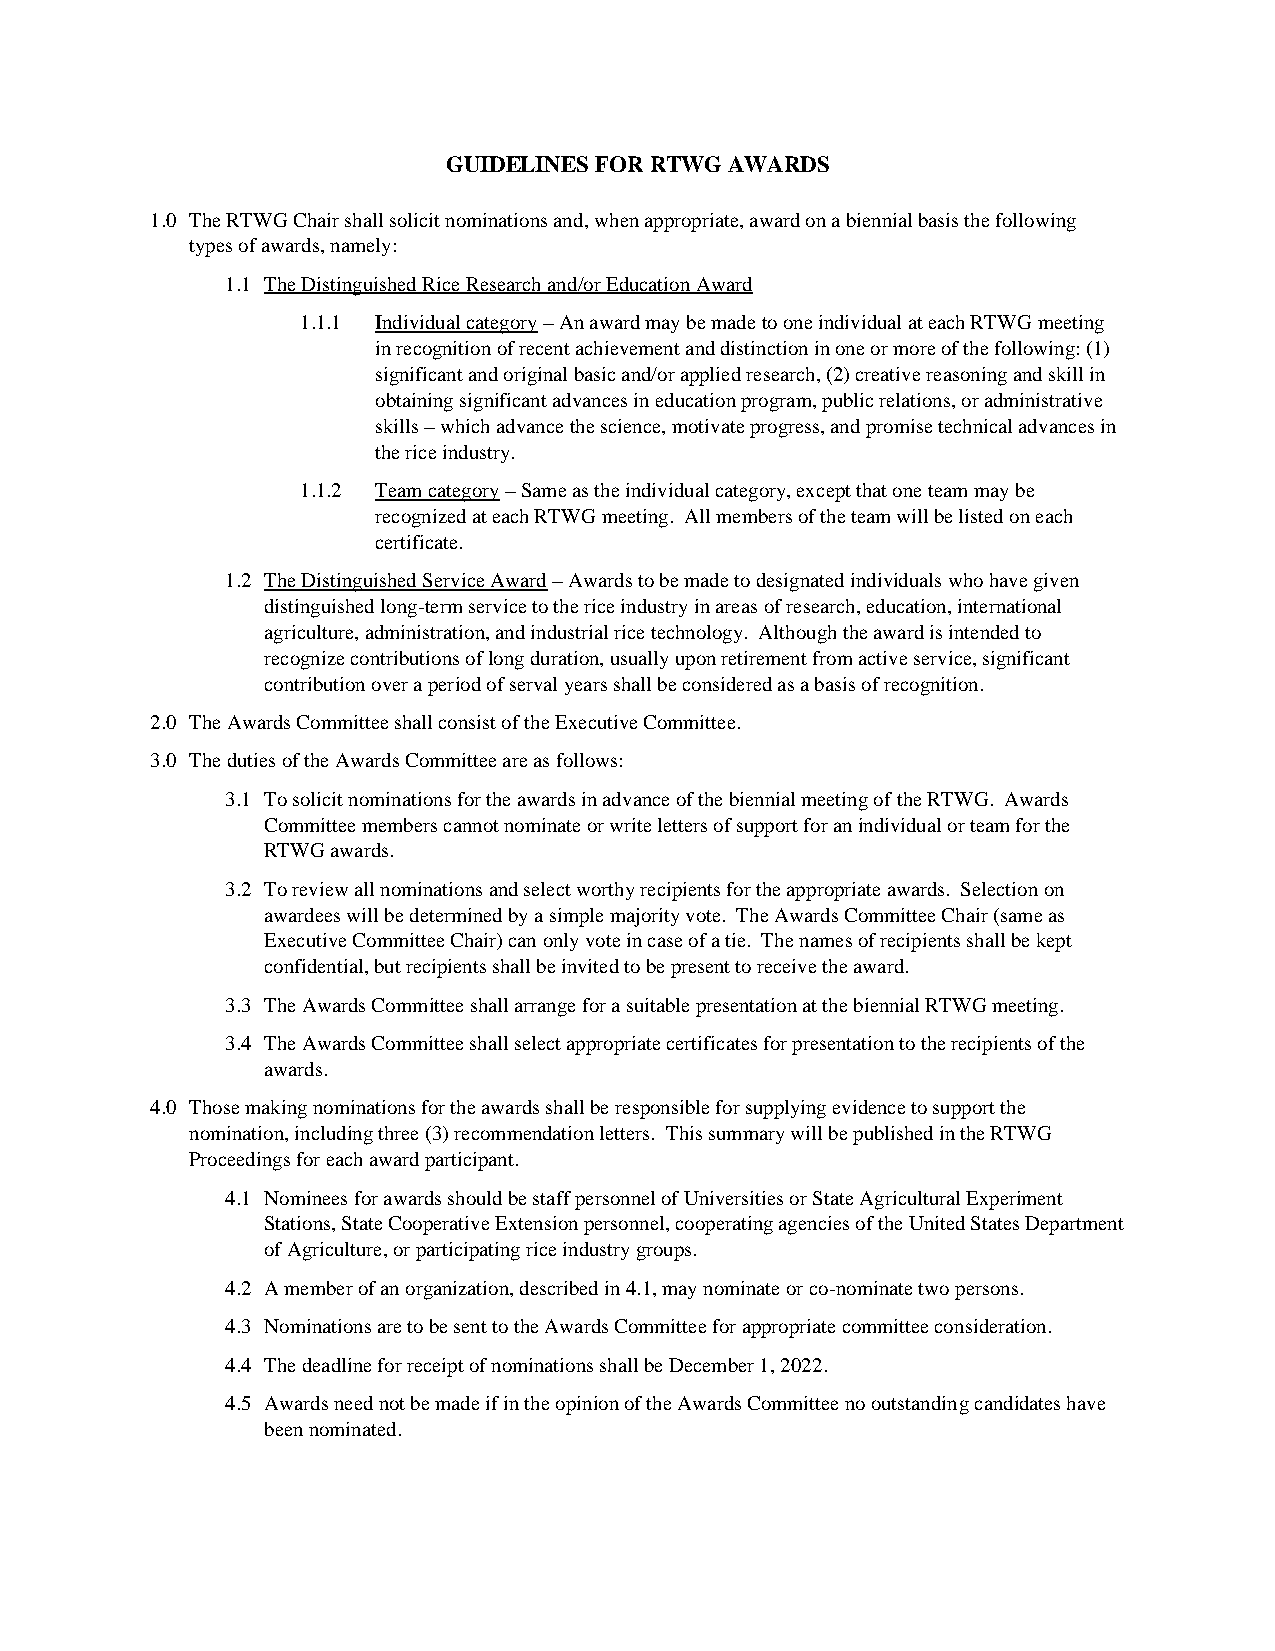
GUIDELINES FOR RTWG AWARDS
 1.0 The RTWG Chair shall solicit nominations and, when appropriate, award on a biennial basis the following
 types of awards, namely:
 1.1 The Distinguished Rice Research and/or Education Award
 1.1.1 Individual category – An award may be made to one individual at each RTWG meeting
 in recognition of recent achievement and distinction in one or more of the following: (1)
 significant and original basic and/or applied research, (2) creative reasoning and skill in
 obtaining significant advances in education program, public relations, or administrative
 skills – which advance the science, motivate progress, and promise technical advances in
 the rice industry.
 1.1.2 Team category – Same as the individual category, except that one team may be
 recognized at each RTWG meeting. All members of the team will be listed on each
 certificate.
 1.2 The Distinguished Service Award – Awards to be made to designated individuals who have given
 distinguished long-term service to the rice industry in areas of research, education, international
 agriculture, administration, and industrial rice technology. Although the award is intended to
 recognize contributions of long duration, usually upon retirement from active service, significant
 contribution over a period of serval years shall be considered as a basis of recognition.
 2.0 The Awards Committee shall consist of the Executive Committee.
 3.0 The duties of the Awards Committee are as follows:
 3.1 To solicit nominations for the awards in advance of the biennial meeting of the RTWG. Awards
 Committee members cannot nominate or write letters of support for an individual or team for the
 RTWG awards.
 3.2 To review all nominations and select worthy recipients for the appropriate awards. Selection on
 awardees will be determined by a simple majority vote. The Awards Committee Chair (same as
 Executive Committee Chair) can only vote in case of a tie. The names of recipients shall be kept
 confidential, but recipients shall be invited to be present to receive the award.
 3.3 The Awards Committee shall arrange for a suitable presentation at the biennial RTWG meeting.
 3.4 The Awards Committee shall select appropriate certificates for presentation to the recipients of the
 awards.
 4.0 Those making nominations for the awards shall be responsible for supplying evidence to support the
 nomination, including three (3) recommendation letters. This summary will be published in the RTWG
 Proceedings for each award participant.
 4.1 Nominees for awards should be staff personnel of Universities or State Agricultural Experiment
 Stations, State Cooperative Extension personnel, cooperating agencies of the United States Department
 of Agriculture, or participating rice industry groups.
 4.2 A member of an organization, described in 4.1, may nominate or co-nominate two persons.
 4.3 Nominations are to be sent to the Awards Committee for appropriate committee consideration.
 4.4 The deadline for receipt of nominations shall be December 1, 2022.
 4.5 Awards need not be made if in the opinion of the Awards Committee no outstanding candidates have
 been nominated.